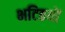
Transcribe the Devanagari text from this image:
भटिठयों